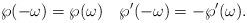
LaTeX: \begin{align*} \wp(-\omega)=\wp(\omega)\quad \wp' (-\omega)=-\wp' (\omega).\end{align*}